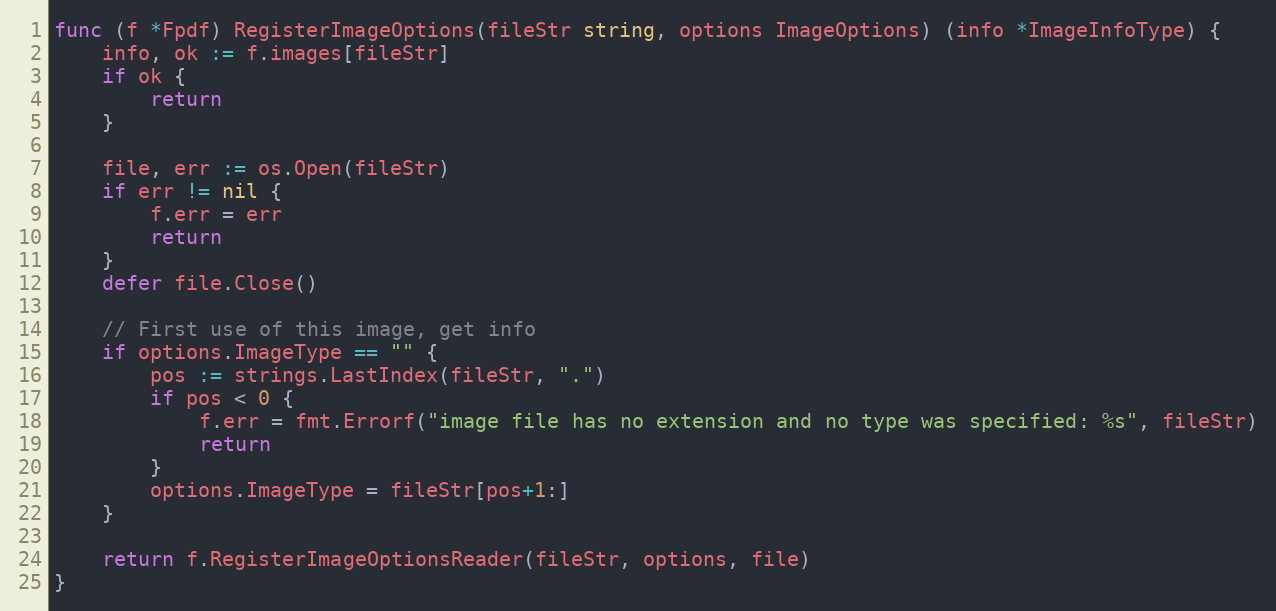
Language: Go
func (f *Fpdf) RegisterImageOptions(fileStr string, options ImageOptions) (info *ImageInfoType) {
	info, ok := f.images[fileStr]
	if ok {
		return
	}

	file, err := os.Open(fileStr)
	if err != nil {
		f.err = err
		return
	}
	defer file.Close()

	// First use of this image, get info
	if options.ImageType == "" {
		pos := strings.LastIndex(fileStr, ".")
		if pos < 0 {
			f.err = fmt.Errorf("image file has no extension and no type was specified: %s", fileStr)
			return
		}
		options.ImageType = fileStr[pos+1:]
	}

	return f.RegisterImageOptionsReader(fileStr, options, file)
}